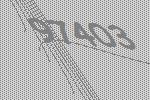
97403